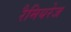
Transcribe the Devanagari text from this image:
रैमियरेज